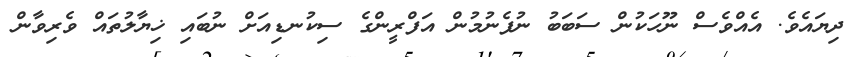
ދިޔައެވެ. އެއްވެސް ނޫހަކުން ސަބަބު ނުފެނުމުން އަފްރީންގެ ސިކުނޑިއަށް ނުބައި ޚިޔާލުތައް ވެރިވާން